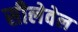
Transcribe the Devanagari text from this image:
सीलेवेल